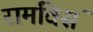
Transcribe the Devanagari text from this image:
रामविसं